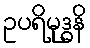
ဥပရိမုဒ္ဓနိ